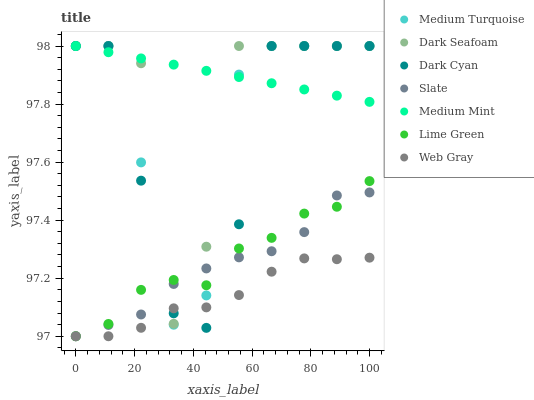
| xaxis_label | Medium Turquoise | Dark Seafoam | Dark Cyan | Slate | Medium Mint | Lime Green | Web Gray |
 | --- | --- | --- | --- | --- | --- | --- | --- |
 | 0 | 98 | 98 | 98 | 97 | 98 | 97 | 97 |
 | 11.1 | 98 | 98 | 98 | 97 | 98 | 97 | 97 |
 | 22.2 | 97.6 | 97.9 | 97.5 | 97.1 | 98 | 97.2 | 97 |
 | 33.3 | 97 | 97 | 97.1 | 97.2 | 97.9 | 97.2 | 97.1 |
 | 44.4 | 97.1 | 97.3 | 97 | 97.2 | 97.9 | 97.2 | 97.1 |
 | 55.6 | 97.9 | 98 | 97.4 | 97.3 | 97.9 | 97.3 | 97.1 |
 | 66.7 | 98 | 98 | 98 | 97.3 | 97.9 | 97.3 | 97.2 |
 | 77.8 | 98 | 98 | 98 | 97.4 | 97.9 | 97.4 | 97.3 |
 | 88.9 | 98 | 98 | 98 | 97.5 | 97.8 | 97.4 | 97.3 |
 | 100 | 98 | 98 | 98 | 97.5 | 97.8 | 97.5 | 97.3 |